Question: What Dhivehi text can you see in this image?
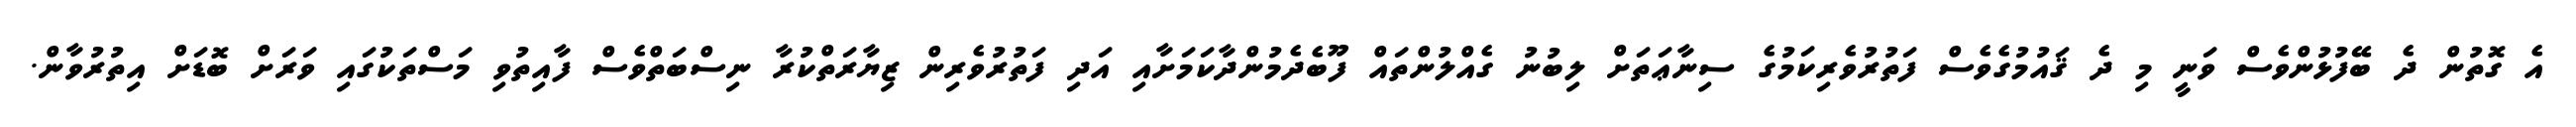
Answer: އެ ގޮތުން ދެ ބޭފުޅުންވެސް ވަނީ މި ދެ ޤައުމުގެވެސް ފަތުރުވެރިކަމުގެ ސިނާޢަތަށް ލިބުނު ގެއްލުންތައް ފޫބެދެމުންދާކަމަށާއި އަދި ފަތުރުވެރިން ޒިޔާރަތްކުރާ ނިސްބަތްވެސް ފާއިތުވި މަސްތަކުގައި ވަރަށް ބޮޑަށް އިތުރުވާން.